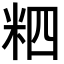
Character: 𥹊